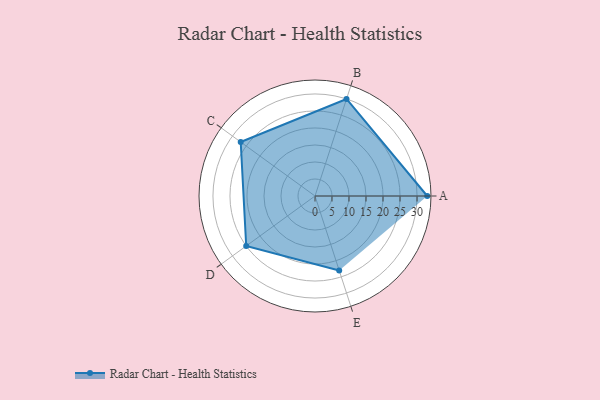
{"axis": {"x": "Skill", "y": "Score"}, "legend": ["Profile"], "data": [{"x": "A", "y": 33.0, "type": "Profile"}, {"x": "B", "y": 30.0, "type": "Profile"}, {"x": "C", "y": 27.0, "type": "Profile"}, {"x": "D", "y": 25.0, "type": "Profile"}, {"x": "E", "y": 23.0, "type": "Profile"}]}